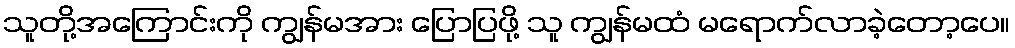
သူတို့အကြောင်းကို ကျွန်မအား ပြောပြဖို့ သူ ကျွန်မထံ မရောက်လာခဲ့တော့ပေ။